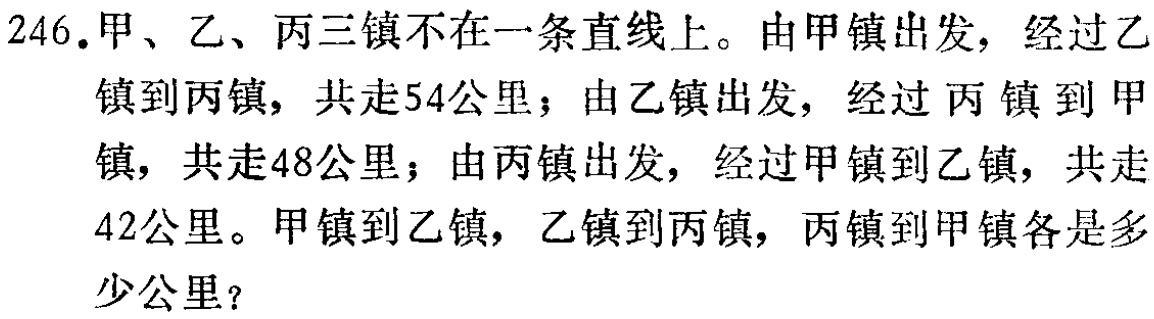
246.甲、乙、丙三镇不在一条直线上。由甲镇出发，经过乙镇到丙镇，共走54公里；由乙镇出发，经过丙镇到甲镇，共走48公里；由丙镇出发，经过甲镇到乙镇，共走42公里。甲镇到乙镇，乙镇到丙镇，丙镇到甲镇各是多少公里？